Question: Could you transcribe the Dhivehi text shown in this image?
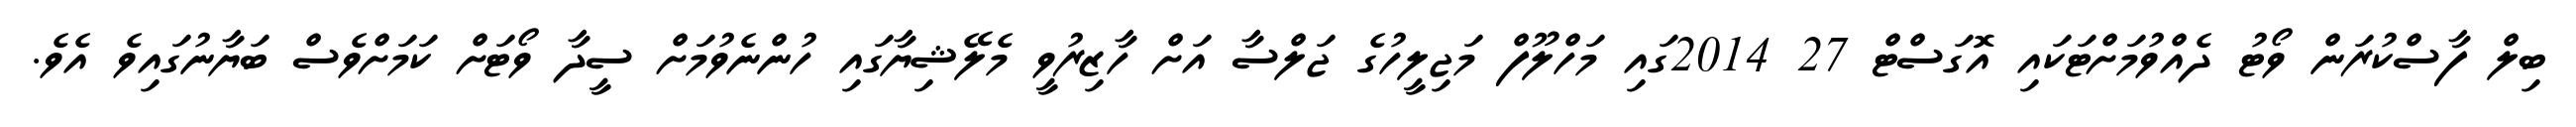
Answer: ބިލް ފާސްކުރަން ވޯޓު ދެއްވުމަށްޓަކައި އޮގަސްޓް 27 2014ގައި މަހްލޫފް މަޖިލީހުގެ ޖަލްސާ އަށް ހާޒިރުވީ މެލޭޝިޔާގައި ހުންނެވުމަށް ސީދާ ވޯޓަށް ކަމަށްވެސް ބަޔާނުގައިވެ އެވެ.